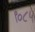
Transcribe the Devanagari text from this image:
९०८५